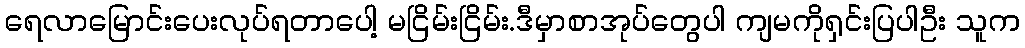
ရေလာမြောင်းပေးလုပ်ရတာပေါ့ မငြိမ်းငြိမ်း.ဒီမှာစာအုပ်တွေပါ ကျမကိုရှင်းပြပါဦး သူက